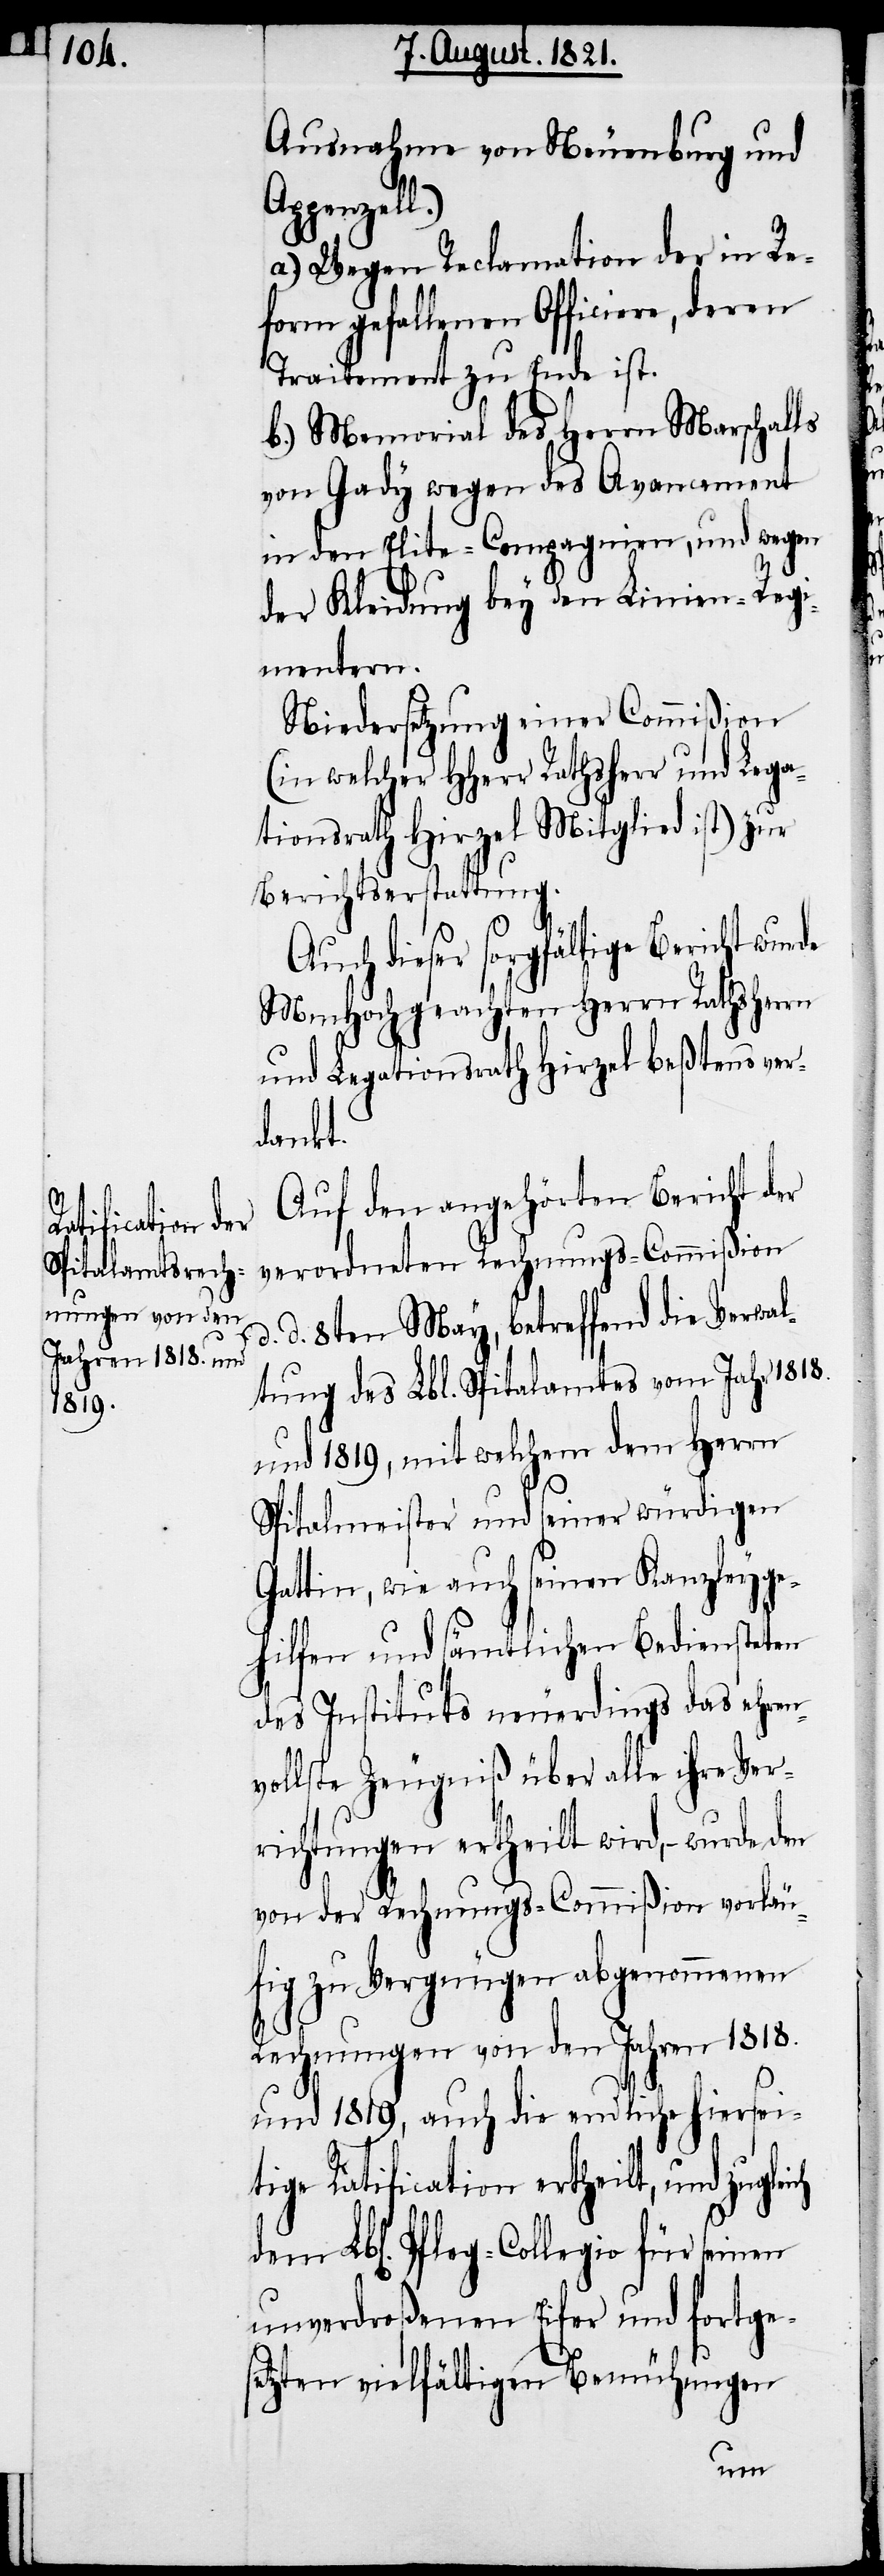
ich
Ausnahme von Neuenburg und
penzell.)
a.) Wegen Reclamation der in Re¬
form gefallenen Officiere, deren
Traitement zu Ende ist.
b.) Memorial des Herrn Marschal¬
von Gady wegen des Avancement
in den Elite-Compagnien, und wegen
der Kleidung bey den Linien-Regi¬
mentern.
Niedersetzung einer Commißion
(in welcher HHerr Rathsherr und Lega¬
tionsrath Hirzel Mitglied ist) zur
Berichtserstattung.
Auch dieser sorgfältige Bericht wur¬
MmHochgeachten Herrn Rathsherrn
und Legationsrath Hirzel beßtens ver¬
dankt.
Auf den angehörten Bericht der
verordneten Rechnungs-Commißion
d. 8ten May, betreffend die Verwal¬
tung des Lbl. Spitalamtes vom Jahre 1818.
und 1819, mit welchem dem Herrn
Spitalmeister und seiner würdigen
Gattin, wie auch seinen Kanzleyge¬
hilfen und sämtlichen Bediensteten
des Instituts neuerdings das ehren¬
vollste Zeugniß über alle ihre Ver¬
richtungen ertheilt wird, – wurde, den
von der Rechnungs-Commißion vorläu¬
fig zu Vergnügen abgenommenen
Rechnungen von den Jahren 1818.
und 1819, auch die endliche hiersei¬
tige Ratification ertheilt, und zugle¬
dem Lbl. Pfleg-Collegio für seinen
unverdroßenen Eifer und fortge¬
setzten vielfältigen Bemühungen